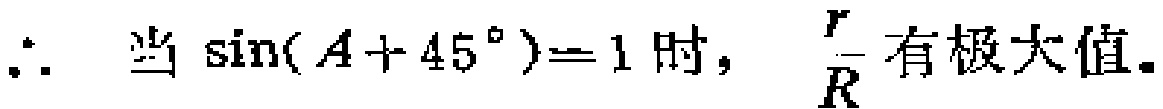
\(\therefore\) 当 \(\sin(A + 45^{\circ}) = 1\) 时， \(\frac{r}{R}\) 有极大值。